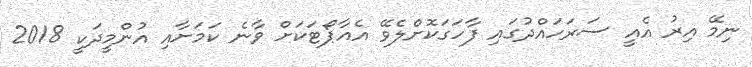
ނިމޭ އިރު އެއީ ސަރަހައްދުގައި ފާހަގަކޮށްލެވޭ އެއާޕޯޓަކަށް ވާނެ ކަމަށާއި އުންމީދަކީ 2018